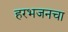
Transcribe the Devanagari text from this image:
हरभजनचा